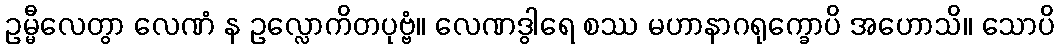
ဥမ္မီလေတွာ လေဏံ န ဥလ္လောကိတပုဗ္ဗံ။ လေဏဒွါရေ စဿ မဟာနာဂရုက္ခောပိ အဟောသိ။ သောပိ